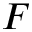
{ \cal F }